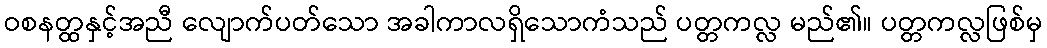
ဝစနတ္ထနှင့်အညီ လျောက်ပတ်သော အခါကာလရှိသောကံသည် ပတ္တကလ္လ မည်၏။ ပတ္တကလ္လဖြစ်မှ